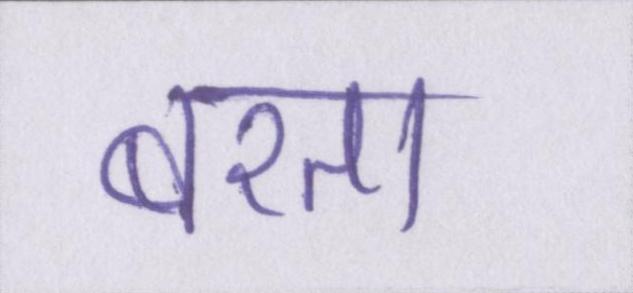
बरता